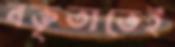
বক্তৃতাতেই